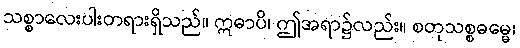
သစ္စာလေးပါးတရားရှိသည်။ ဣဓာပိ၊ ဤအရာ၌လည်း။ စတုသစ္စဓမ္မေ၊